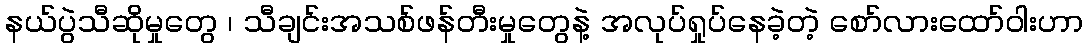
နယ်ပွဲသီဆိုမှုတွေ ၊ သီချင်းအသစ်ဖန်တီးမှုတွေနဲ့ အလုပ်ရှုပ်နေခဲ့တဲ့ စော်လားထော်ဝါးဟာ